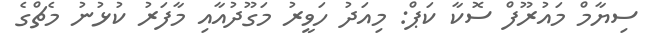
ސިޔާމް މައުރޫފް ސޮކާ ކަޕް: މިއަދު ހަވީރު މަގޫދުއާއި މާފަރު ކުޅުނު މެޗްގެ